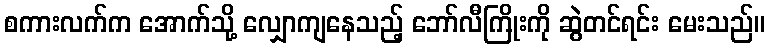
စကားလက်က အောက်သို့ လျှောကျနေသည့် ဘော်လီကြိုးကို ဆွဲတင်ရင်း မေးသည်။